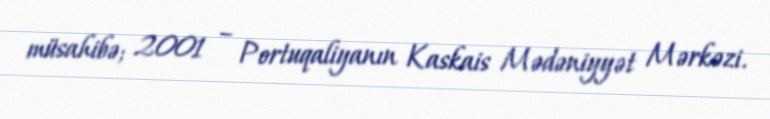
müsahibə; 2001 – Portuqaliyanın Kaskais Mədəniyyət Mərkəzi.